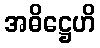
အဓိဋ္ဌေဟိ